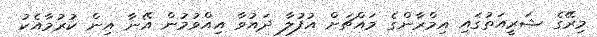
މިރޭގެ ޝަރީއަތުގައި އިމްރާންގެ މައްޗަށް އުފުލާ ދައުވާ އިއްވުމުން އޭނާ އިން ކުރުމާއެކު